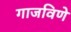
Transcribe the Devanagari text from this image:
गाजविणे